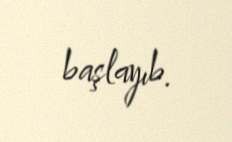
başlayıb.